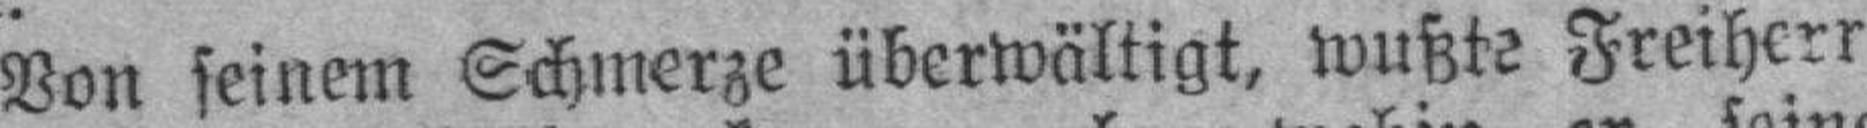
Von seinem Schmerze überwältigt, wußte Freiherr